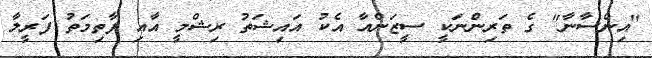
"އިންސާނާ" ގެ ތަރިންނަކީ ސީޒަންއާ އެކު އައިޝަތު ރިޝްމީ އާއި ފާތިމަތު ފަރީލާ